Leaving Certificate Examination, 1913
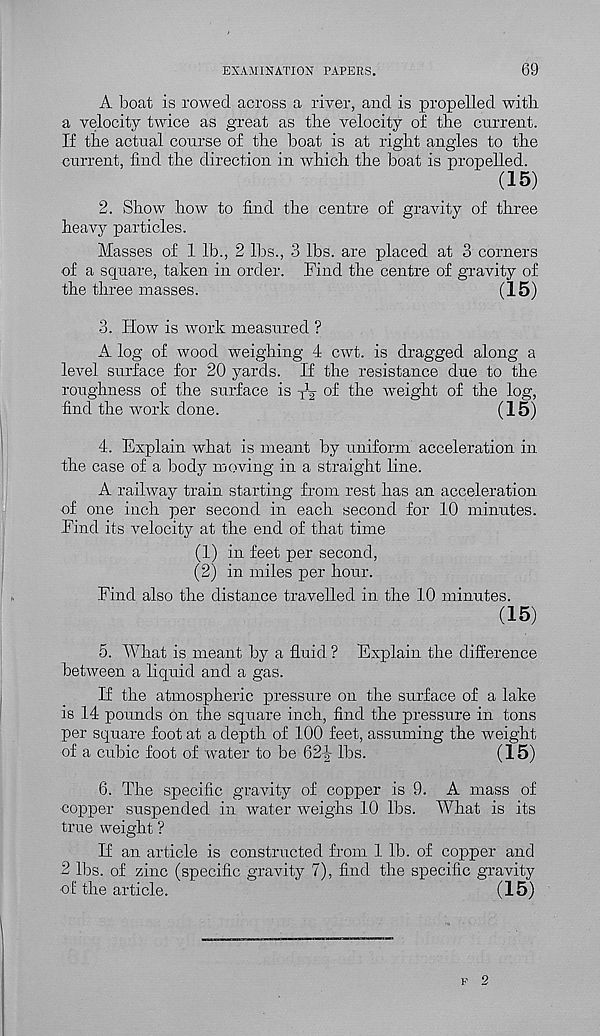
EXAMINATION PAPERS.
69
A boat is rowed across a river, and is propelled with
a velocity twice as great as the velocity o£ the current.
If the actual course of the boat is at right angles to the
current, find the direction in which the boat is propelled.
(15)
2. Show how to find the centre of gravity of three
heavy particles.
Masses of 1 lb., 2 lbs., 3 lbs. are placed at 3 corners
of a square, taken in order. Find the centre of gravity of
the three masses.
(15)
3. How is work measured ?
A log of wood weighing 4 cwt. is dragged along a
level surface for 20 yards. If the resistance due to the
roughness of the surface is Ig of the weight of the log,
find the work done.
(15)
4. Explain what is meant by uniform acceleration in
the case of a body moving in a straight line.
A railway train starting from rest has an acceleration
of one inch per second in each second for 10 minutes.
Find its velocity at the end of that time
(1) in feet per second,
(2) in miles per hour.
Find also the distance travelled in the 10 minutes.
(15)
5. What is meant by a fluid. ? Explain the difference
between a liquid and a gas.
If the atmospheric pressure on the surface of a lake
is 14 pounds on the square inch, find the pressure in tons
per square foot at a depth of 100 feet, assuming the weight
of a cubic foot of water to be 621- lbs.
(15)
6. The specific gravity of copper is 9. A mass of
copper suspended in water weighs 10 lbs. What is its
true weight ?
If an article is constructed from 1 lb. of copper and
2 lbs. of zinc (specific gravity 7), find the specific gravity
of the article.
(15)